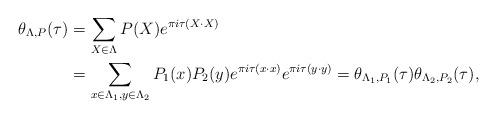
LaTeX: \begin{align*}\theta_{\Lambda, P}(\tau) &= \sum_{X \in \Lambda} P(X) e^{ \pi i \tau (X \cdot X)}\\&= \sum_{x\in \Lambda_1, y\in \Lambda_2} P_1(x)P_2(y) e^{\pi i \tau(x\cdot x) }e^{\pi i \tau (y\cdot y)} =\theta_{\Lambda_1, P_1}(\tau) \theta_{\Lambda_2, P_2}(\tau),\end{align*}